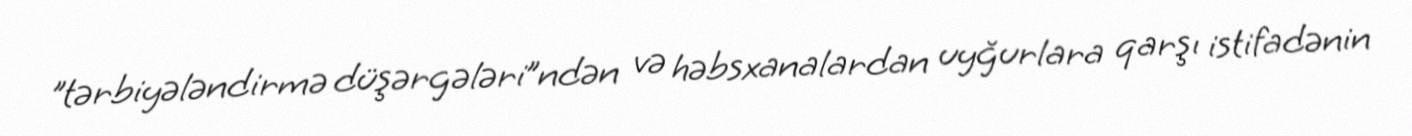
"tərbiyələndirmə düşərgələri”ndən və həbsxanalardan uyğurlara qarşı istifadənin